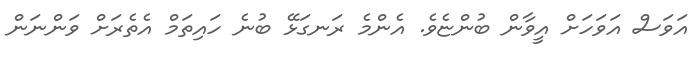
އަވަސް އަވަހަށް އީވާން ބުންޏެވެ. އެންމެ ރަނގަޅޭ ބުނެ ހައިތަމް އެތެރަށް ވަންނަން